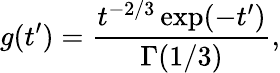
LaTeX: g(t^{\prime})=\frac{t^{-2/3}\exp(-t^{\prime})}{\Gamma(1/3)},